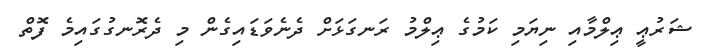
ޝަރުޢީ ޢިލްމާއި ނިޔަމި ކަމުގެ ޢިލްމު ރަނގަޅަށް ދެނެވަޑައިގެން މި ދެރޮނގުގައިމެ ފޮތް